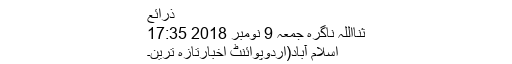
ذرائع
ثنااللہ ناگرہ جمعہ 9 نومبر 2018 17:35
اسلام آباد(اُردوپوائنٹ اخبارتازہ ترین۔